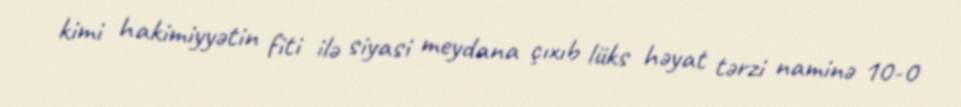
kimi hakimiyyətin fiti ilə siyasi meydana çıxıb lüks həyat tərzi naminə 10-0